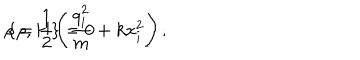
\rho = \frac { 1 } { 2 } \left( \frac { q _ { i } ^ { 2 } } { m } + k x _ { i } ^ { 2 } \right) ; \hspace { 1 . 5 c m } \{ \rho , H \} = 0